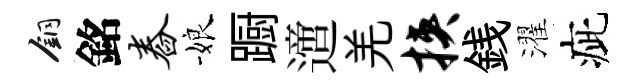
銅銘舂娘蹰𨗁羌挟銭濯疵